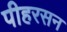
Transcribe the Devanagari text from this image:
पीहरसन